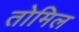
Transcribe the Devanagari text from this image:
तोमिल